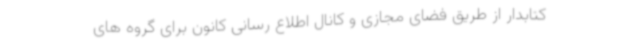
کتابدار از طریق فضای مجازی و کانال اطلاع رسانی کانون برای گروه های